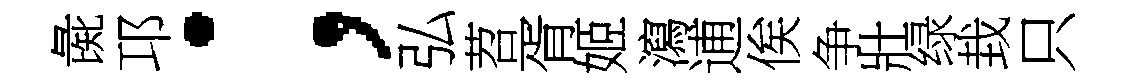
彘邛；弘苕胥姬瀉逋俟争壯绿㘽只